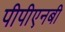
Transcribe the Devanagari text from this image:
पीपीएनबी